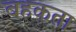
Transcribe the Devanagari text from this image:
बहकता